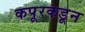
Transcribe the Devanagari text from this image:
कपूरकडून